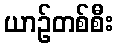
ယာဉ်တစ်စီး